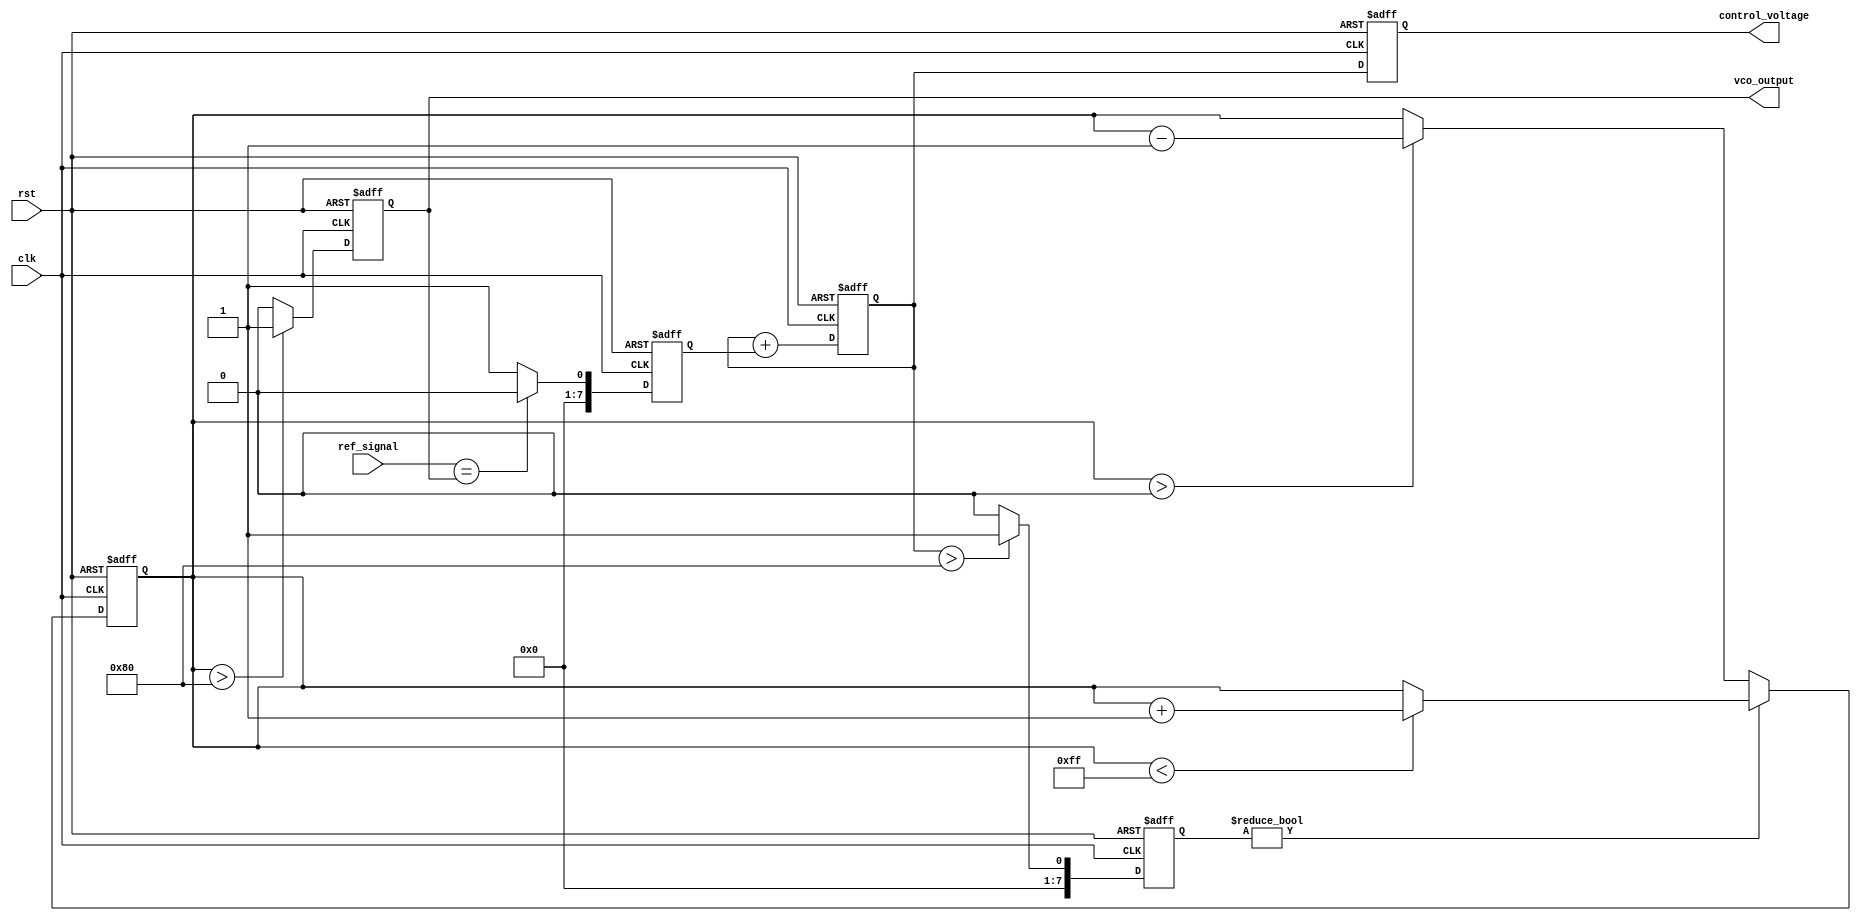
module sigma_delta_pll (
    input wire clk,               // System clock
    input wire rst,               // Reset signal
    input wire ref_signal,        // Reference signal input
    output reg vco_output,        // VCO output signal
    output reg [7:0] control_voltage // Control voltage for VCO
);

    // Parameters
    parameter VCO_MAX_FREQ = 255; // Max frequency for VCO
    parameter VCO_MIN_FREQ = 0;   // Min frequency for VCO
    parameter DELTA = 1;           // Step size for VCO control

    // Internal signals
    reg [7:0] phase_error;        // Phase error signal
    reg [7:0] filtered_error;     // Filtered phase error
    reg [7:0] sigma_delta_out;    // Output of sigma-delta modulator
    reg [7:0] vco_frequency;       // Current frequency of VCO

    // Phase Detector (PD)
    always @(posedge clk or posedge rst) begin
        if (rst) begin
            phase_error <= 0;
        end else begin
            // Simple phase comparison (for illustration)
            phase_error <= (ref_signal == vco_output) ? 0 : 1; // 1 for phase error
        end
    end

    // Loop Filter (simple first-order)
    always @(posedge clk or posedge rst) begin
        if (rst) begin
            filtered_error <= 0;
        end else begin
            filtered_error <= filtered_error + phase_error; // Integrate phase error
        end
    end

    // Sigma-Delta Modulator
    always @(posedge clk or posedge rst) begin
        if (rst) begin
            sigma_delta_out <= 0;
        end else begin
            if (filtered_error > 128) begin
                sigma_delta_out <= 1; // Output high if error is above threshold
            end else begin
                sigma_delta_out <= 0; // Output low otherwise
            end
        end
    end

    // Voltage-Controlled Oscillator (VCO)
    always @(posedge clk or posedge rst) begin
        if (rst) begin
            vco_frequency <= VCO_MIN_FREQ;
            vco_output <= 0;
        end else begin
            // Update VCO frequency based on sigma-delta output
            if (sigma_delta_out) begin
                if (vco_frequency < VCO_MAX_FREQ)
                    vco_frequency <= vco_frequency + DELTA; // Increase frequency
            end else begin
                if (vco_frequency > VCO_MIN_FREQ)
                    vco_frequency <= vco_frequency - DELTA; // Decrease frequency
            end
            // Generate VCO output signal (simple toggle for illustration)
            vco_output <= (vco_frequency > 128) ? 1 : 0; // Output high if frequency is above threshold
        end
    end

    // Control voltage output
    always @(posedge clk or posedge rst) begin
        if (rst) begin
            control_voltage <= 0;
        end else begin
            control_voltage <= filtered_error; // Output the filtered error as control voltage
        end
    end

endmodule